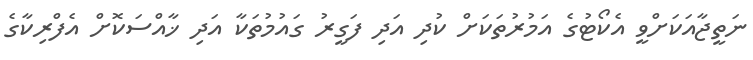
ނަތީޖާއަކަށްވީ އެކޯޓުގެ އަމުރުތަކަށް ކުދި އަދި ފަގީރު ގައުމުތަކާ އަދި ޚާއްސަކޮށް އެފްރިކާގެ